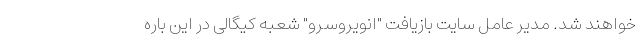
خواهند شد. مدیر عامل سایت بازیافت "انویروسرو" شعبه کیگالی در این باره